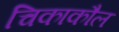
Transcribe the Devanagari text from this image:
चिकाकौल